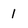
Character: l